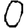
Digit: 0